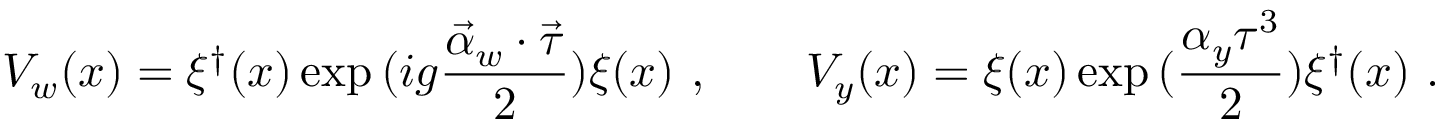
V _ { w } ( x ) = \xi ^ { \dagger } ( x ) \exp { ( i g \frac { { \vec { \alpha } _ { w } } \cdot { \vec { \tau } } } { 2 } ) } \xi ( x ) \ , \qquad V _ { y } ( x ) = \xi ( x ) \exp { ( \frac { \alpha _ { y } \tau ^ { 3 } } { 2 } ) } \xi ^ { \dagger } ( x ) \ .